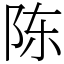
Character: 陈